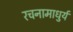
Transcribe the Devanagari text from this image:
रचनामाधुर्य